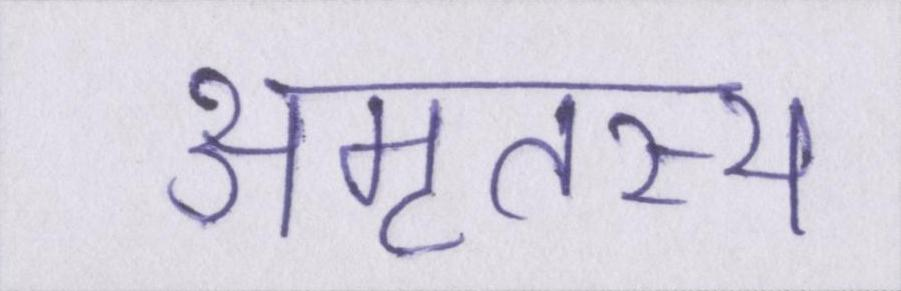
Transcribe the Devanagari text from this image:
अमृतस्य